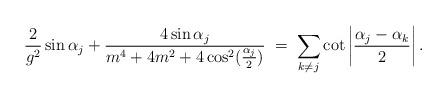
LaTeX: \begin{align*}{2\over g^2} \sin\alpha_j+ {4\sin\alpha_j\over m^4+4m^2+4\cos^2({\alpha_j\over 2})} \;=\;\sum_{k\neq j}\cot\left|{\alpha_j-\alpha_k\over 2}\right|.\end{align*}